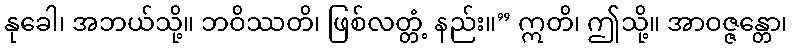
နုခေါ၊ အဘယ်သို့။ ဘဝိဿတိ၊ ဖြစ်လတ္တံ့ နည်း။” ဣတိ၊ ဤသို့။ အာဝဇ္ဇန္တော၊